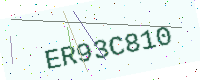
Text: ER93C810